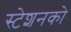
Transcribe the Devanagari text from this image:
स्टेशनको